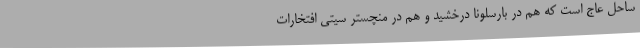
ساحل عاج است که هم در بارسلونا درخشید و هم در منچستر سیتی افتخارات